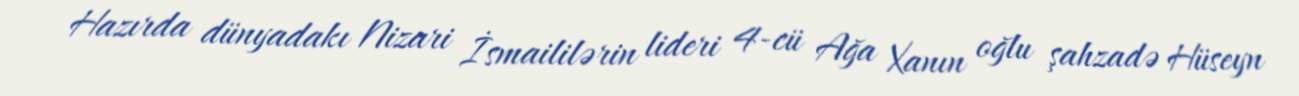
Hazırda dünyadakı Nizari İsmaililərin lideri 4-cü Ağa Xanın oğlu şahzadə Hüseyn